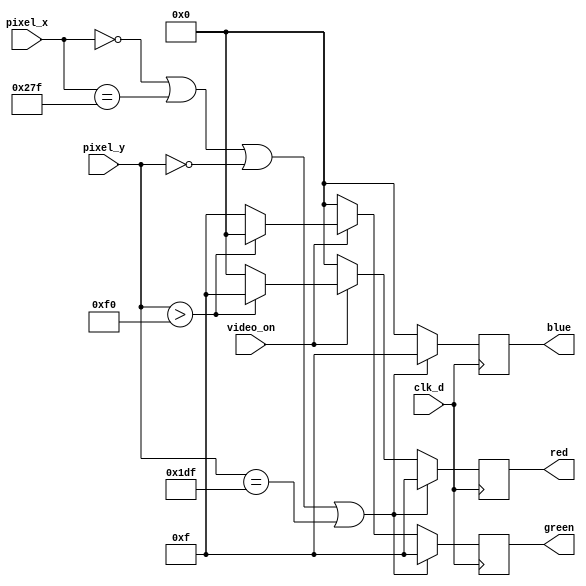
`timescale 1ns / 1ps

module pixel_gen(
    input clk_d,
    input [9:0] pixel_x,
    input [9:0] pixel_y,
    input video_on,
    output reg [3:0] red = 0,
    output reg [3:0] green = 0,
    output reg [3:0] blue = 0
    );
 
    always @(posedge clk_d) begin
        if ((pixel_x ==0) || (pixel_x ==639) || (pixel_y ==0) || (pixel_y ==479)) begin
            red <= 4'hF;
            green <= 4'hF;
            blue <= 4'hF;
        end
        else begin
            red <= video_on? (pixel_y >240? 4'hF:4 'h0): (4'h0);
            green = video_on? (pixel_y >240? 4'h0:4'hF): (4'h0);
            blue <= 4'h0;
        end
    end
endmodule